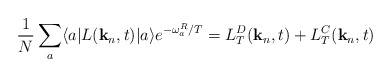
\begin{align*}\frac{1}{N}\sum_a \langle a | L({\bf k}_n,t) |a \rangle e^{-\omega^R_a/T}= L^D_T({\bf k}_n,t)+ L^C_T({\bf k}_n,t)\end{align*}